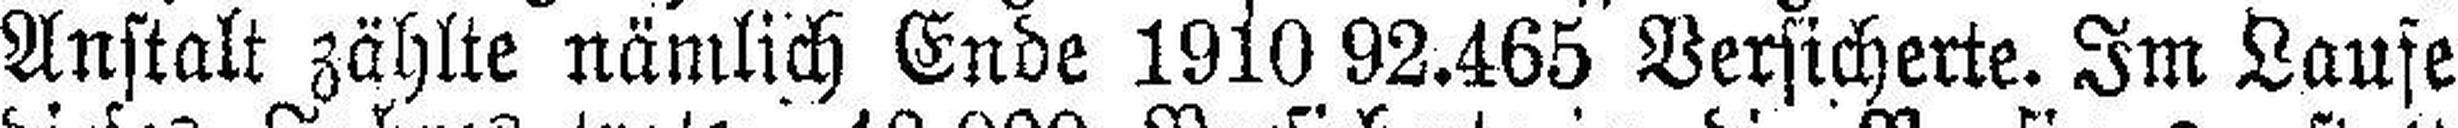
Anstalt zählte nämlich Ende 1910 92.465 Versicherte. Im Laufe